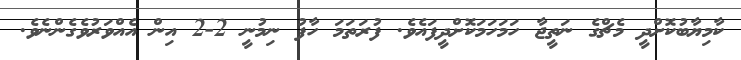
ކާމިޔާބުކޮށްދީ މެޗްގެ ނަތީޖާ ހަމަހަމަކޮށްދީފައެވެ. ފުރަތަމަ ހާފު ނިމުނީ 2-2 އިން އެއްވަރުވެގެންނެވެ.